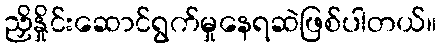
ညှိနှိုင်းဆောင်ရွက်မှုနေရဆဲဖြစ်ပါတယ်။